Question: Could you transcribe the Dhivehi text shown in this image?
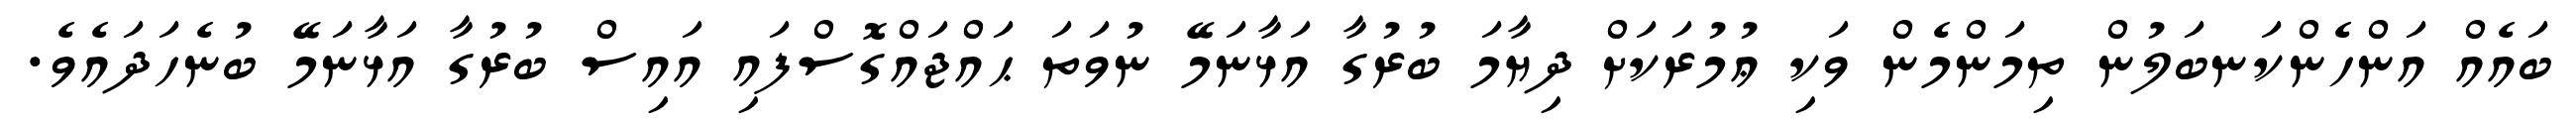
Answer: ބައެއް އަންހެންކަނބަލުން ތިމަންމެން ވަކި ޢުމުރަކަށް ދިޔާމަ ބުރުގާ އަޅާނަމޭ ނުވަތަ ޙައްޖައްގޮސްފައި އައިސް ބުރުގާ އަޅާނަމޭ ބުނެހަދައެވެ.